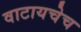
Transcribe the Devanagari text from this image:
वाटायचेच